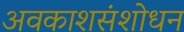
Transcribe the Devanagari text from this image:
अवकाशसंशोधन